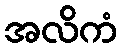
အလိကံ